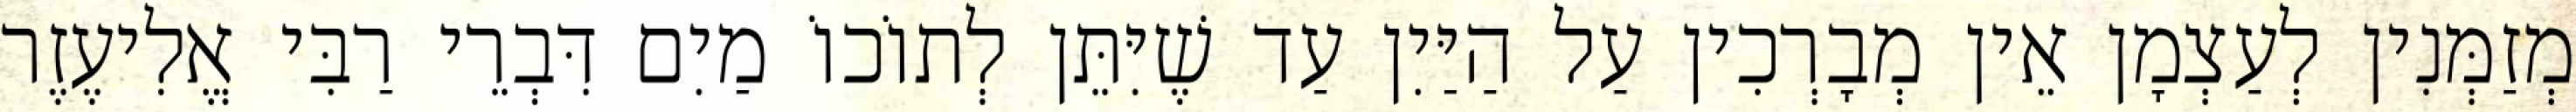
מְזַמְּנִין לְעַצְמָן אֵין מְבָרְכִין עַל הַיַּיִן עַד שֶׁיִּתֵּן לְתוֹכוֹ מַיִם דִּבְרֵי רַבִּי אֱלִיעֶזֶר